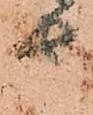
由